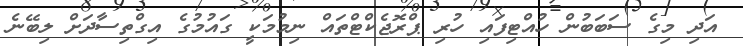
އަދި މިގެ ސަބަބުން ހުއްޓިފައި ހުރި ޕްރޮޖެކްޓްތައް ނިމުމަކީ ގައުމުގެ އިގްތިސާދަށް ލިބޭނެ